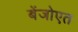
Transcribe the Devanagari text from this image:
बेंजोएत